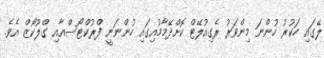
ލޭގައި ހަކުރު ހުންނަ މިންވަރު ރެގިއުލޭޓް ކޮށްދޭމާމުއިގައި ހުންނަނީ ފްރުކްޓޯސްއާއި ގްލޫކޯޒް އެވެ.